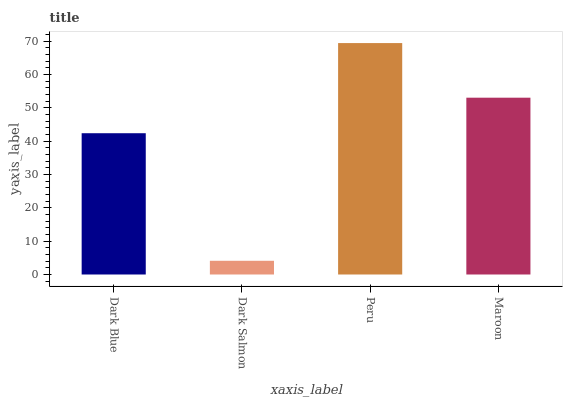
| xaxis_label | bars |
 | --- | --- |
 | Dark Blue | 42.4 |
 | Dark Salmon | 4.11 |
 | Peru | 69.4 |
 | Maroon | 53 |